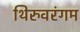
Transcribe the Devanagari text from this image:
थिरुवरंगम